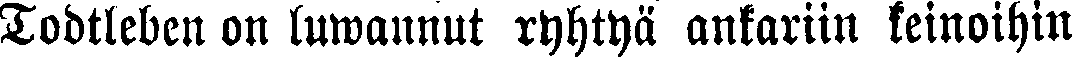
Todtleben on luwannut ryhtyä ankariin keinoihin